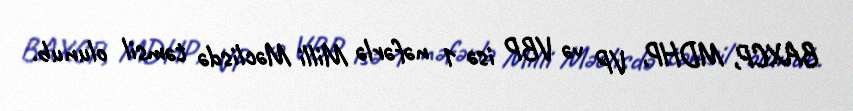
BAXCP, MDHP, VP və VBP isə 1 nəfərlə Milli Məclisdə təmsil olunub.